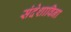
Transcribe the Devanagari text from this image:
संदेशाविना